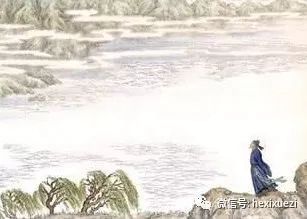
出塞入塞寒，处处黄芦草。